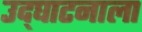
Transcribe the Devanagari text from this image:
उद्‌घाटनाला